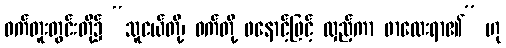
ဝက်တူးတွင်းတို့၌ “သူငယ်တို့၊ ဝက်တို့ ဖနောင့်ဖြင့် လှည့်ကာ ဖာထေးရာ၏” ဟု